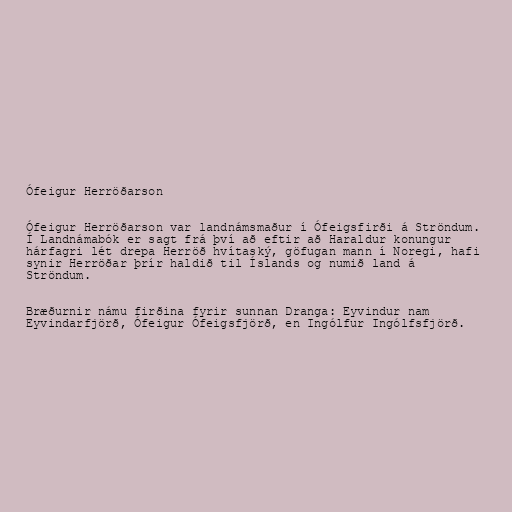
Ófeigur Herröðarson

Ófeigur Herröðarson var landnámsmaður í Ófeigsfirði á Ströndum.
Í Landnámabók er sagt frá því að eftir að Haraldur konungur
hárfagri lét drepa Herröð hvítaský, göfugan mann í Noregi, hafi
synir Herröðar þrír haldið til Íslands og numið land á
Ströndum.

Bræðurnir námu firðina fyrir sunnan Dranga: Eyvindur nam
Eyvindarfjörð, Ófeigur Ófeigsfjörð, en Ingólfur Ingólfsfjörð.